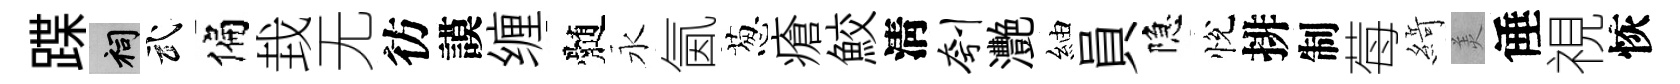
蹀祠武偏㘽无彷謨缠髄永氤葱瘡鮫淸刳灧紬員隐悅排制莓𦂶羙倕視恢